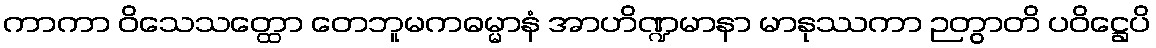
ကာကာ ဝိသေသတ္ထော တေဘူမကဓမ္မာနံ အာဟိဏ္ဍမာနာ မာနုဿကာ ဉတွာတိ ပဝိဋ္ဌေပိ